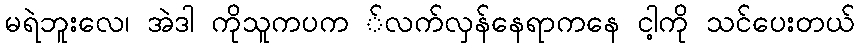
မရဲဘူးလေ၊ အဲဒါ ကိုသူကပက ်လက်လှန်နေရာကနေ ငါ့ကို သင်ပေးတယ်